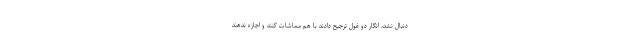
دنبال نشد، انگار دو غول ترجیح دادند با هم مماشات کنند و اجازه ندهند